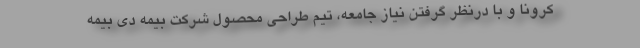
کرونا و با درنظر گرفتن نیاز جامعه، تیم طراحی محصول شرکت بیمه دی بیمه